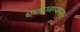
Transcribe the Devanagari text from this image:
धमकावण्यापासून